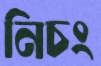
নিচং